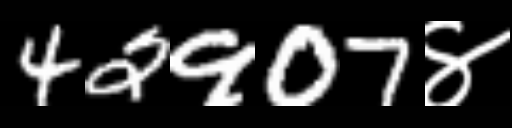
Text: 42907४